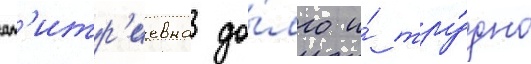
дм'итр'иевна до́лго и́ тру́дно